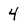
Character: 4